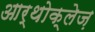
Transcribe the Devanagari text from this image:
आर्थोक्लेज़